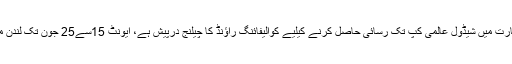
ملکی تاریخ میں پہلی بار ورلڈ کپ 2014 سے محروم رہنے والی پاکستان ہاکی ٹیم کو آئندہ برس بھارت میں شیڈول عالمی کپ تک رسائی حاصل کرنے کیلیے کوالیفائنگ راؤنڈ کا چیلنج درپیش ہے، ایونٹ 15سے25 جون تک لندن میں جاری رہے گا، پول بی میں شامل پاکستانی ٹیم افتتاحی میچ 15جون کو ہالینڈ کیخلاف کھیلے گی۔